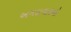
અમદાવાદનો